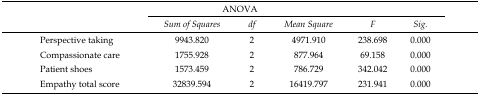
<table><thead><tr><td rowspan="3"></td><td colspan="5"><b>ANOVA</b></td></tr><tr><td><b><i>Sum of Squares</i></b></td><td><b><i>df</i></b></td><td><b><i>Mean Square</i></b></td><td><b><i>F</i></b></td><td><b><i>Sig.</i></b></td></tr></thead><tbody><tr><td>Perspective taking</td><td>9943.820</td><td>2</td><td>4971.910</td><td>238.698</td><td>.000</td></tr><tr><td>Compassionate care</td><td>1755.928</td><td>2</td><td>877.964</td><td>69.158</td><td>.000</td></tr><tr><td>Patient shoes</td><td>1573.459</td><td>2</td><td>786.729</td><td>342.042</td><td>.000</td></tr><tr><td>Empathy total score</td><td>32839.594</td><td>2</td><td>16419.797</td><td>231.941</td><td>.000</td></tr></tbody></table>